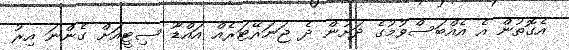
އެގޮތުން އެ އެއްބަސްވުމުގެ ދަށުން ދެ ޖަނަރޭޓަރެއް އައްޑޫ ސިޓީއަށް ގެންނަ އިރު